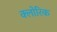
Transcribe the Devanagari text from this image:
क्लोरिक